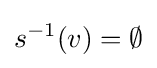
s^{-1}(v)=\emptyset